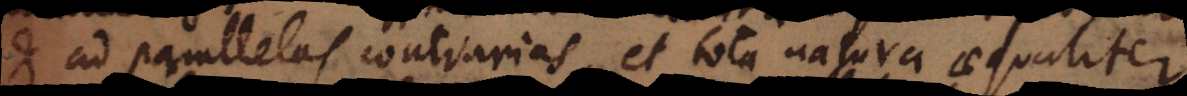
et ad parallelas contrarias, et tota natura